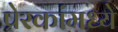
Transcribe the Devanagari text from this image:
प्रेरकांमध्ये